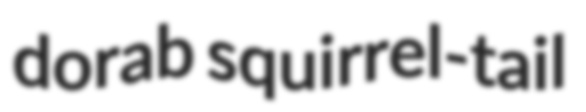
dorab squirrel-tail